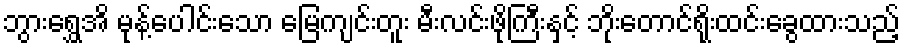
ဘွားရွှေအိ မုန့်ပေါင်းသော မြေကျင်းတူး မီးလင်းဖိုကြီးနှင့် ဘိုးတောင်ရိုးထင်းခွေထားသည့်